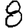
Digit: 8